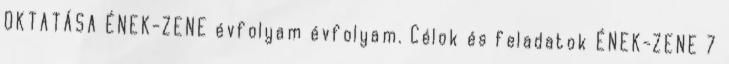
OKTATÁSA ÉNEK-ZENE évfolyam évfolyam. Célok és feladatok ÉNEK-ZENE 7